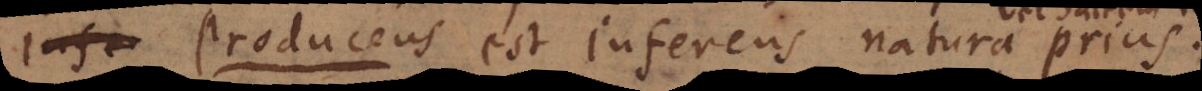
Infe est inferens natura prius.